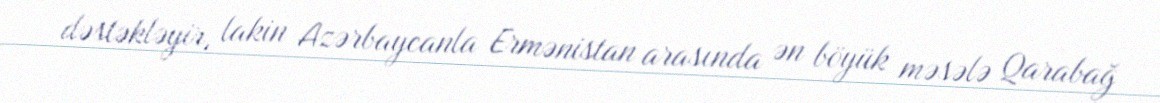
dəstəkləyir, lakin Azərbaycanla Ermənistan arasında ən böyük məsələ Qarabağ